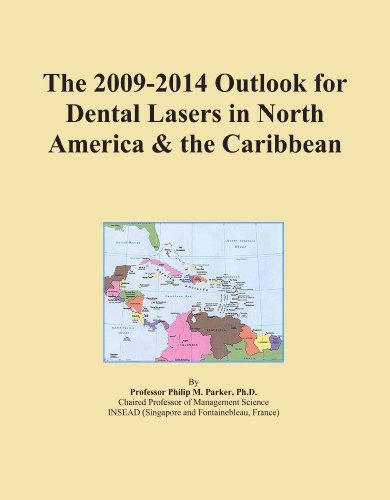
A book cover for The 2009-2014 Outlook for Dental Lasers in North America & the Caribbean; Icon Group International; Medical Books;